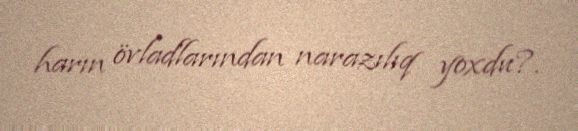
harın övladlarından narazılıq yoxdu?.